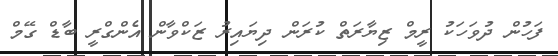
ފަހުން ދުވަހަކު ރީމް ޒިޔާރަތް ކުރަން ދިޔައިރު ޒަކްވާން އެންގްރީ ބާޑް ގޭމް